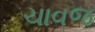
ચાવજ